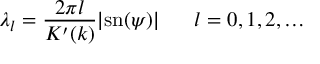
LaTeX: \lambda _ { l } = \frac { 2 \pi l } { K ^ { \prime } ( k ) } | \mathrm { s n } ( \psi ) | \; \; \; \; \; \; l = 0 , 1 , 2 , \ldots